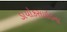
ડાયોકસાઇડના